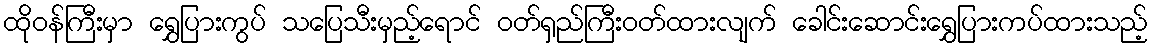
ထိုဝန်ကြီးမှာ ရွှေပြားကွပ် သပြေသီးမှည့်ရောင် ဝတ်ရှည်ကြီးဝတ်ထားလျက် ခေါင်းဆောင်းရွှေပြားကပ်ထားသည့်